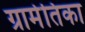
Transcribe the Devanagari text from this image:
ग्रामेतिका